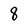
Character: 8